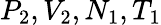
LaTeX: P_{2},V_{2},N_{1},T_{1}